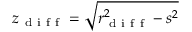
z _ { \mathrm { ~ d ~ i ~ f ~ f ~ } } = { \sqrt { r _ { \mathrm { ~ d ~ i ~ f ~ f ~ } } ^ { 2 } - s ^ { 2 } } }